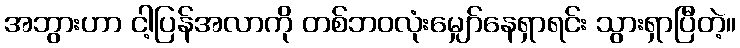
အဘွားဟာ ငါ့ပြန်အလာကို တစ်ဘဝလုံးမျှော်နေရှာရင်း သွားရှာပြီတဲ့။